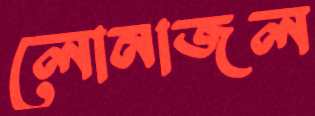
লোনাজল